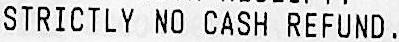
STRICTLY NO CASH REFUND.